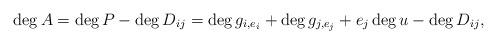
LaTeX: \begin{align*} \deg A = \deg P - \deg D_{ij} = \deg g_{i,e_i} + \deg g_{j,e_j}+e_j \deg u - \deg D_{ij},\end{align*}